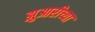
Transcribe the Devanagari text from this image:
झुआरीच्या